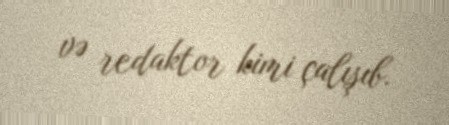
və redaktor kimi çalışıb.